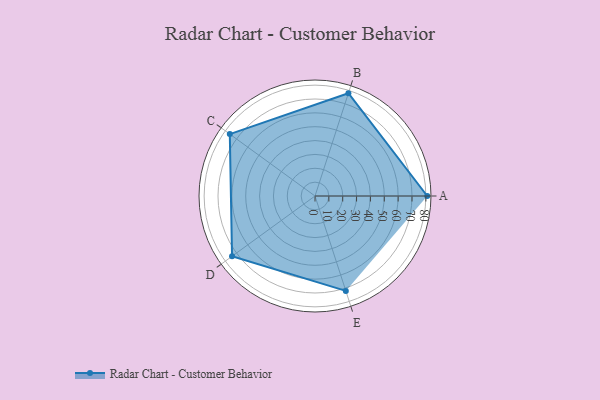
{"axis": {"x": "Skill", "y": "Score"}, "legend": ["Profile"], "data": [{"x": "A", "y": 81.0, "type": "Profile"}, {"x": "B", "y": 78.0, "type": "Profile"}, {"x": "C", "y": 76.0, "type": "Profile"}, {"x": "D", "y": 74.0, "type": "Profile"}, {"x": "E", "y": 72.0, "type": "Profile"}]}